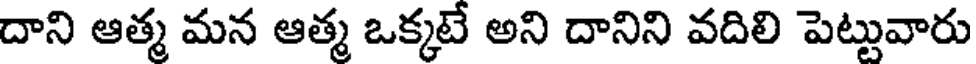
దాని ఆత్మ మన ఆత్మ ఒక్కటే అని దానిని వదిలి పెట్టువారు